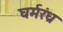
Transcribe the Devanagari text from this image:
घर्मरंध्र